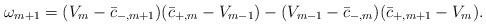
\begin{align*} \omega_{m+1}=(V_{m}-\bar{c}_{-,m+1})(\bar{c}_{+,m}-V_{m-1})-(V_{m-1}-\bar{c}_{-,m})(\bar{c}_{+,m+1}-V_{m}).\end{align*}